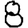
Digit: 8